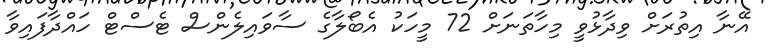
އޭނާ އިތުރަށް ވިދާޅުވީ މިހާތަނަށް 72 މީހަކު އެބޯލާގެ ސާވައިލެންސް ޓެސްޓް ހައްދާފައިވާ